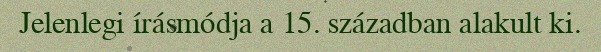
Jelenlegi írásmódja a 15. században alakult ki.